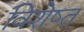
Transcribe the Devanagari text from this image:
विशेष्त